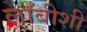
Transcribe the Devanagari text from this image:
लाॅबीशी